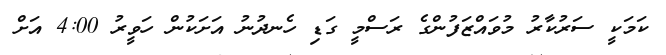
ކަމަކީ ސަރުކާރު މުވައްޒަފުންގެ ރަސްމީ ގަޑި ހެނދުނު އަށަކުން ހަވީރު 4:00 އަށް